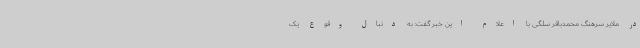
در ملایر سرهنگ محمدباقر سلگی با اعلام این خبر گفت: به دنبال وقوع یک